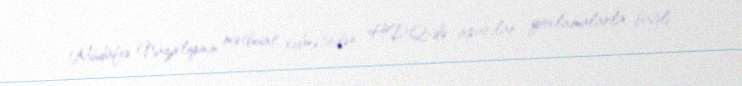
Müdafiə Nazirliyinin mətbuat xidmətindən HDQ-də aparılan yoxlamalarla bağlı